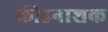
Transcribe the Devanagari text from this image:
कीडनाशक